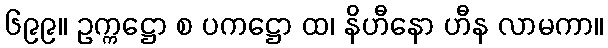
၆၉၉။ ဥက္ကဋ္ဌော စ ပကဋ္ဌော ထ၊ နိဟီနော ဟီန လာမကာ။